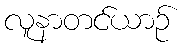
လူနာတင်ယာဉ်